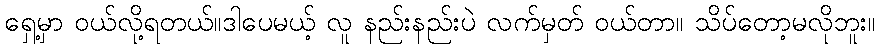
ရှေ့မှာ ဝယ်လို့ရတယ်။ဒါပေမယ့် လူ နည်းနည်းပဲ လက်မှတ် ဝယ်တာ။ သိပ်တော့မလိုဘူး။